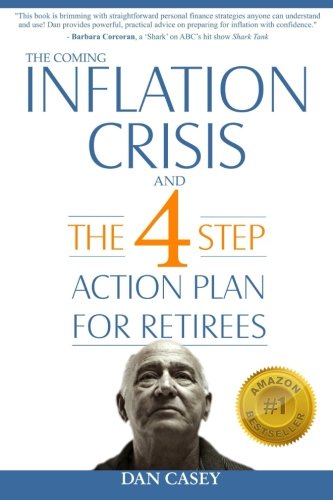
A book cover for The Coming Inflation Crisis and the 4 Step Action Plan for Retirees; Dan Casey; Business & Money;